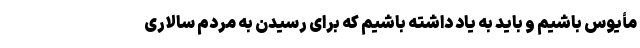
مأیوس باشیم و باید به یاد داشته باشیم که برای رسیدن به مردم سالاری